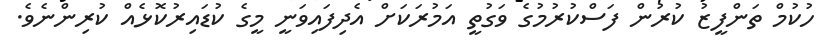
ހުކުމް ތަންފީޒު ކުރުން ފަސްކުރުމުގެ ވަގުތީ އަމުރަކަށް އެދިފައިވަނީ މީގެ ކުޑައިރުކޮޅެއް ކުރިންނެވެ.